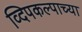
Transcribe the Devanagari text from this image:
व्दिपकल्पाच्या